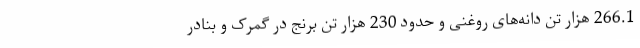
266.1 هزار تن دانه‌های روغنی و حدود 230 هزار تن برنج در گمرک و بنادر